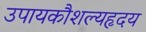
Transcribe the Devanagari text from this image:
उपायकौशल्यहृदय